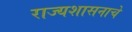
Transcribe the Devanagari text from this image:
राज्यशासनाचे